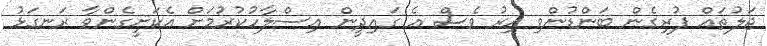
ޖަލުތައް ފުރިގެން ބަންޑުންވި އިރު ވެސް އެ ގައިދީން އިސްލާހުކުރުމަށް އެކަށީގެންވާ ރަނގަޅު